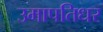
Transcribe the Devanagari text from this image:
उमापतिधर